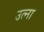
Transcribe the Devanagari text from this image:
उत्ना